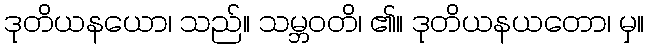
ဒုတိယနယော၊ သည်။ သမ္ဘဝတိ၊ ၏။ ဒုတိယနယတော၊ မှ။